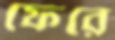
ফেরে